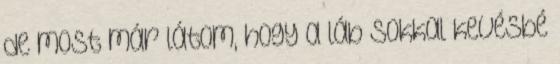
de most már látom, hogy a láb sokkal kevésbé